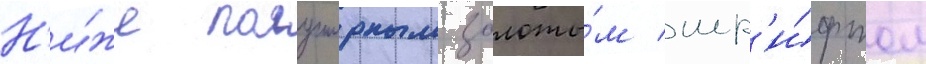
Н'и́же полужирным золоты́м шр'и́фтом